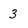
Character: 3